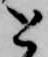
と